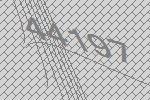
44197